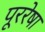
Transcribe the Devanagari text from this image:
पूररेषा